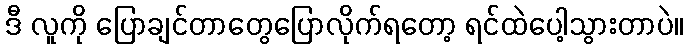
ဒီ လူကို ပြောချင်တာတွေပြောလိုက်ရတော့ ရင်ထဲပေါ့သွားတာပဲ။